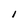
Character: I